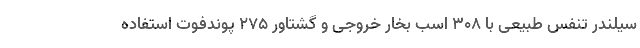
سیلندر تنفس طبیعی با 308 اسب بخار خروجی و گشتاور 275 پوندفوت استفاده